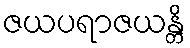
ဇယပရာဇယန္တိ